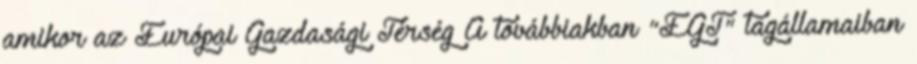
amikor az Európai Gazdasági Térség A továbbiakban "EGT" tagállamaiban